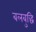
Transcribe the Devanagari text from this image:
बलबुद्धि